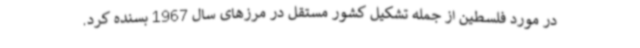
در مورد فلسطین از جمله تشکیل کشور مستقل در مرزهای سال 1967 بسنده کرد.